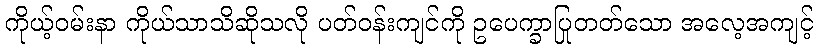
ကိုယ့်ဝမ်းနာ ကိုယ်သာသိဆိုသလို ပတ်ဝန်းကျင်ကို ဥပေက္ခာပြုတတ်သော အလေ့အကျင့်